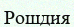
Рошдия